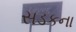
સડકના